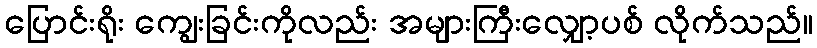
ပြောင်းရိုး ကျွေးခြင်းကိုလည်း အများကြီးလျှော့ပစ် လိုက်သည်။